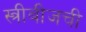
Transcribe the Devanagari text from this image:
स्त्रीबीजची